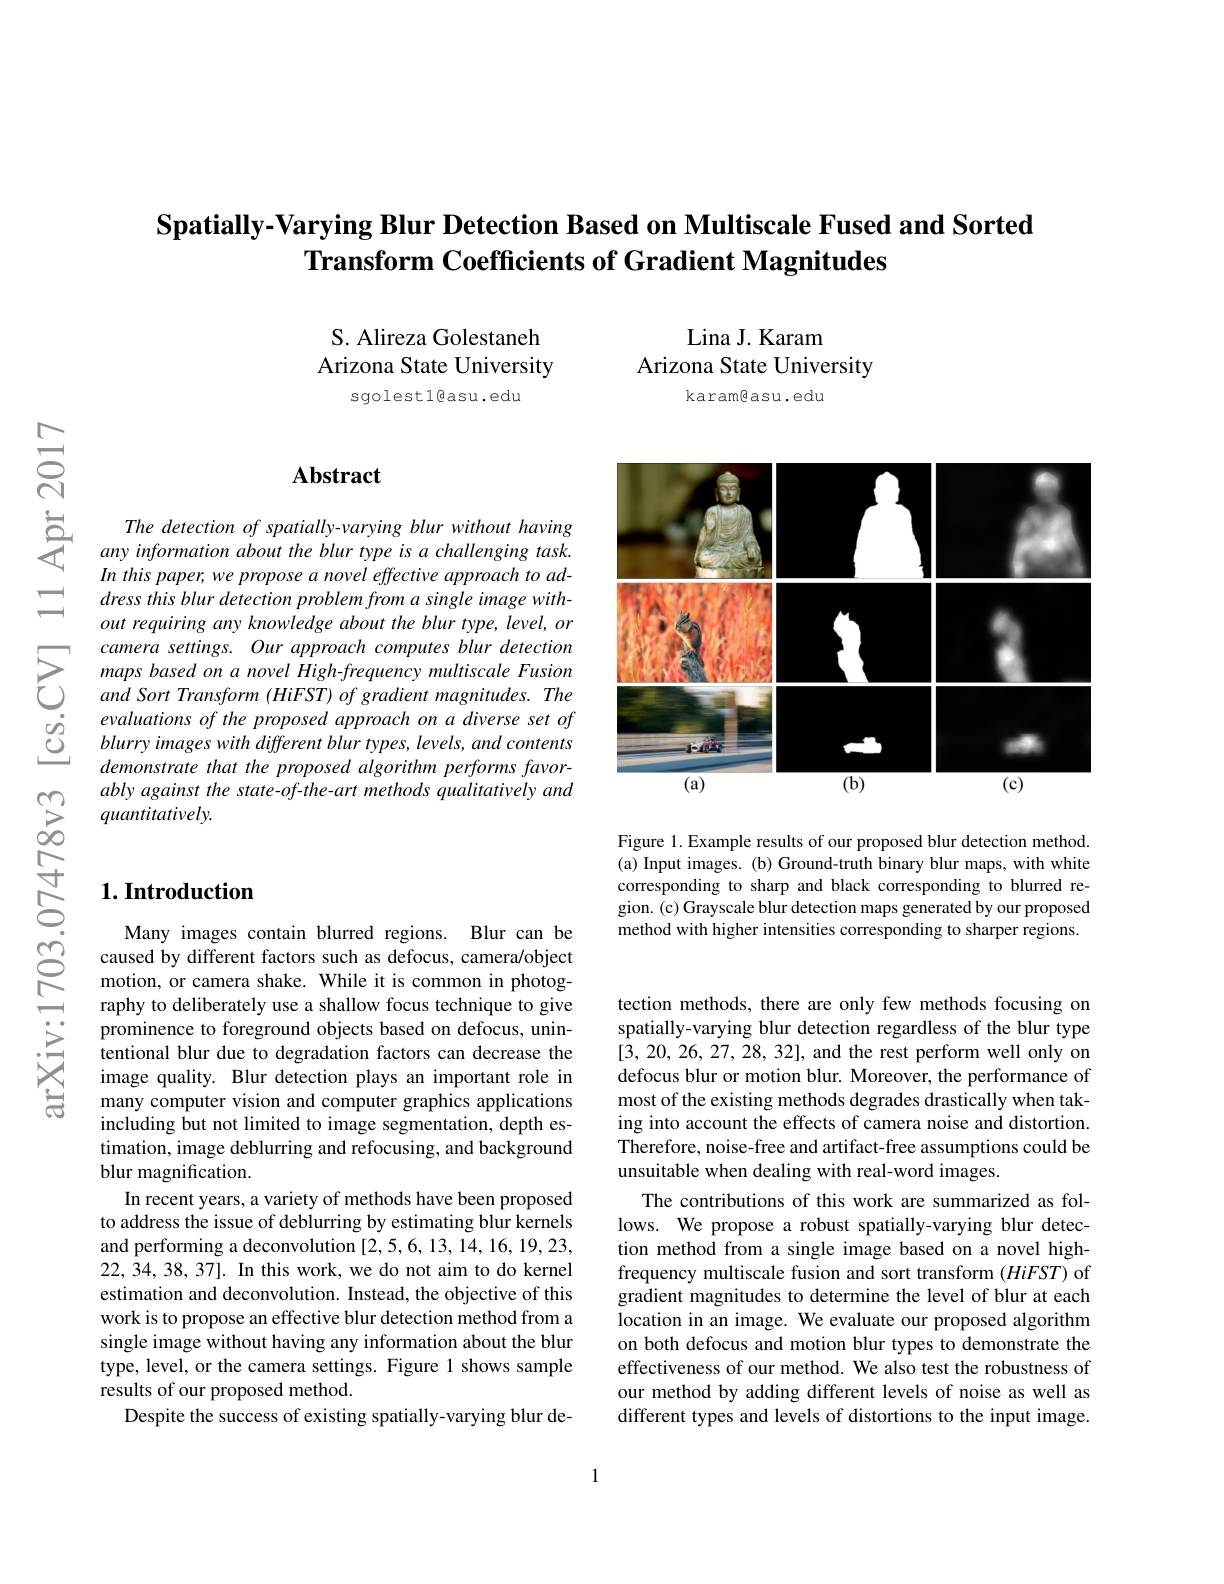
Spatially-Varying Blur Detection Based on Multiscale Fused and Sorted
Transform Coefficients of Gradient Magnitudes

S. Alireza Golestaneh Arizona State University
sgolest1@asu.edu

$ਨਨੇ$

## $\mathbf{Abstract}$

In this paper, we propose a novel effective approach to address this blur detection problem from a single image without requiring any knowledge about the blur type, level, or camera settings. Our approach computes blur detection maps based on a novel High-frequency multiscale Fusion and Sort Transform (HiFST) of gradient magnitudes. The evaluations of the proposed approach on a diverse set of blurry images with different blur types, levels, and contents demonstrate that the proposed algorithm performs favor-
$\sum _{\infty }^{\infty }$ ably against the state-of-the-art methods qualitatively and

Lina J. Karam
Arizona State University
karamgasu.edu

<FigureHere>

Figure 1. Example results of our proposed blur detection method. (a) Input images. (b) Ground-truth binary blur maps, with white corresponding to sharp and black corresponding to blurred region. (c) Grayscale blur detection maps generated by our proposed method with higher intensities corresponding to sharper regions.

## $1. \textbf{Introduction}$

Many images contain blurred regions. Blur can be caused by different factors such as defocus, camera/object motion, or camera shake. While it is common in photography to deliberately use a shallow focus technique to give prominence to foreground objects based on defocus, unintentional blur due to degradation factors can decrease the image quality. Blur detection plays an important role in many computer vision and computer graphics applications including but not limited to image segmentation, depth estimation, image deblurring and refocusing, and background blur magnification.
In recent years, a variety of methods have been proposed to address the issue of deblurring by estimating blur kernels and performing a deconvolution [2,5,6,13,14,16,19,23, 22,34,38,37]. In this work, we do not aim to do kernel estimation and deconvolution. Instead, the objective of this work is to propose an effective blur detection method from a single image without having any information about the blur type, level, or the camera settings. Figure 1 shows sample results of our proposed method.
Despite the success of existing spatially-varying blur de-

tection methods, there are only few methods focusing on spatially-varying blur detection regardless of the blur type [3,20,26,27,28,32], and the rest perform well only on defocus blur or motion blur. Moreover, the performance of most of the existing methods degrades drastically when taking into account the effects of camera noise and distortion. Therefore, noise-free and artifact-free assumptions could be unsuitable when dealing with real-word images.
The contributions of this work are summarized as follows. We propose a robust spatially-varying blur detection method from a single image based on a novel highfrequency multiscale fusion and sort transform $(HiFST)$ of gradient magnitudes to determine the level of blur at each location in an image. We evaluate our proposed algorithm on both defocus and motion blur types to demonstrate the effectiveness of our method. We also test the robustness of our method by adding different levels of noise as well as different types and levels of distortions to the input image.

1